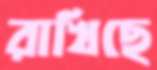
রাখিছে